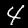
Digit: 4